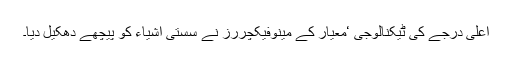
اعلیٰ درجے کی ٹیکنالوجی ‘معیار کے مینوفیکچررز نے سستی اشیاء کو پیچھے دھکیل دیا۔